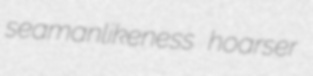
seamanlikeness hoarser